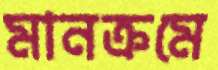
মানক্রমে